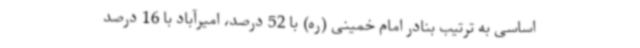
اساسی به ترتیب بنادر امام خمینی (ره) با 52 درصد، امیرآباد با 16 درصد